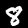
Digit: 8